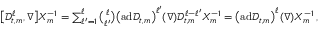
\begin{array} { r } { \big [ \mathscr { D } _ { t , m } ^ { \ell } , \nabla \bigr ] X _ { m } ^ { - 1 } = \sum _ { \ell ^ { \prime } = 1 } ^ { \ell } \binom { \ell } { \ell ^ { \prime } } \bigl ( \mathrm { a d } \mathscr { D } _ { t , m } \bigr ) ^ { \ell ^ { \prime } } ( \nabla ) \mathscr { D } _ { t , m } ^ { \ell - \ell ^ { \prime } } X _ { m } ^ { - 1 } = \bigl ( \mathrm { a d } \mathscr { D } _ { t , m } \bigr ) ^ { \ell } ( \nabla ) X _ { m } ^ { - 1 } \, , } \end{array}